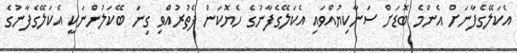
އެކަލޭގެފާނަށް އެންމެ ބޮޑަށް ސަނާކިޔުއްވައި އެކަލޭގެފާނުގެ ހެޔޮކަން ފެތުރުއްވި ގިނަ ބޭކަލުންނަކީ އެކަލޭގެފާނުގެ